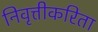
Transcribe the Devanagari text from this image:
निवृत्तीकरिता